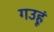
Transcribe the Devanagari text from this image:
गउहूं